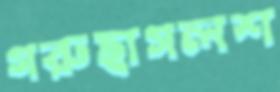
গরুছাগলশ